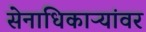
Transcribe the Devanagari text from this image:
सेनाधिकाऱ्यांवर